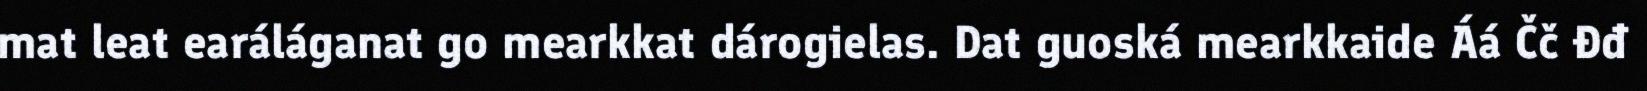
mat leat earáláganat go mearkkat dárogielas. Dat guoská mearkkaide Áá Čč Đđ